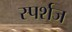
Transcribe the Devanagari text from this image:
स्पर्शज